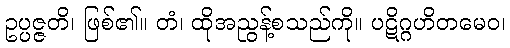
ဥပ္ပဇ္ဇတိ၊ ဖြစ်၏။ တံ၊ ထိုအညွန့်စသည်ကို။ ပဋိဂ္ဂဟိတမေဝ၊